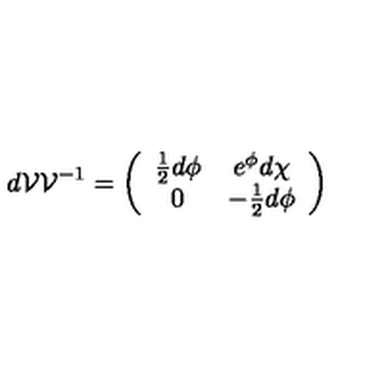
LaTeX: d { \cal { V } } { \cal { V } } ^ { - 1 } = \left( \begin{array} { c c } { \frac { 1 } { 2 } d \phi } & { e ^ { \phi } d \chi } \\ { 0 } & { - \frac { 1 } { 2 } d \phi } \\ \end{array} \right)